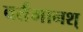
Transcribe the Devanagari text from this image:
वर्तमानश्